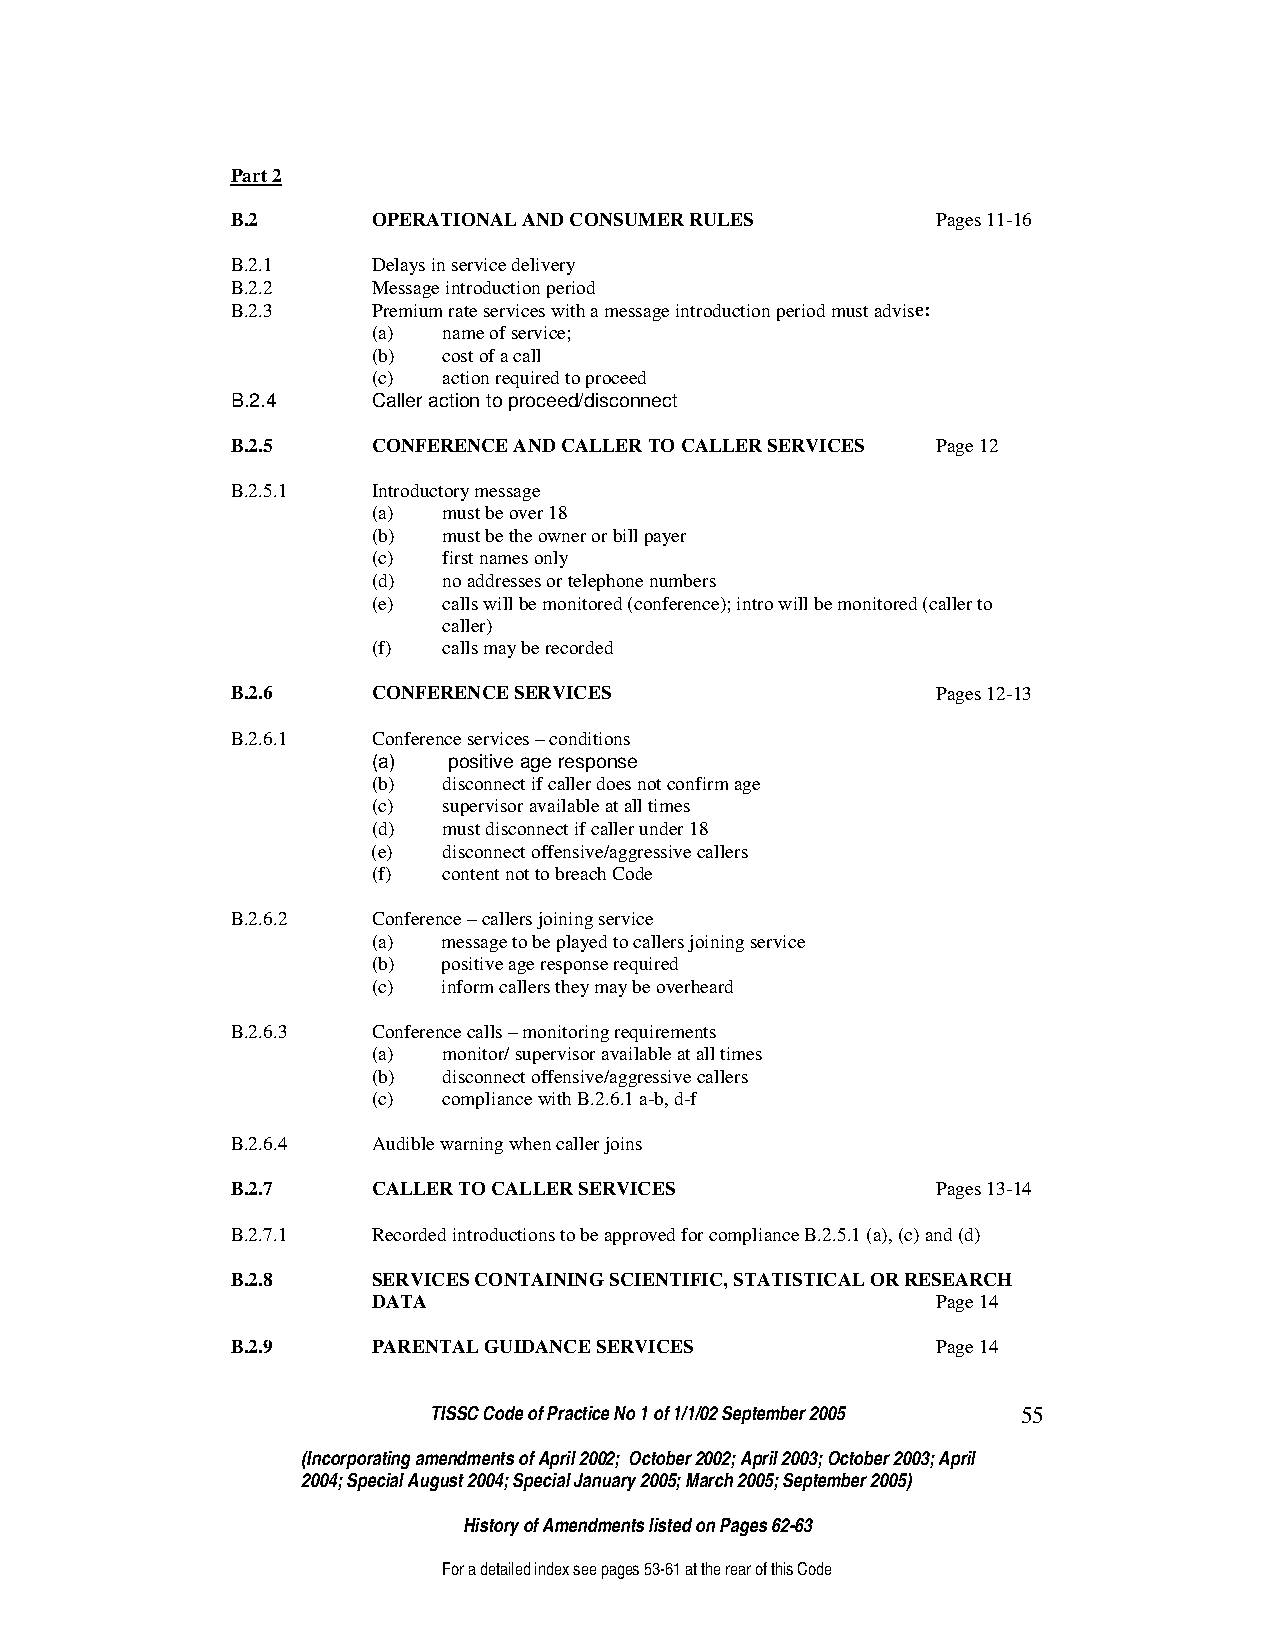
Part 2
 B.2       OPERATIONAL AND CONSUMER RULES       Pages 11-16
 B.2.1     Delays in service delivery
 B.2.2     Message introduction period
 B.2.3     Premium rate services with a message introduction period must advise:
 (a) name of service;
 (b) cost of a call
 (c) action required to proceed
 B.2.4     Caller action to proceed/disconnect
 B.2.5     CONFERENCE AND CALLER TO CALLER SERVICES Page 12
 B.2.5.1   Introductory message
 (a) must be over 18
 (b) must be the owner or bill payer
 (c) first names only
 (d) no addresses or telephone numbers
 (e) calls will be monitored (conference); intro will be monitored (caller to
 caller)
 (f) calls may be recorded
 B.2.6     CONFERENCE SERVICES                  Pages 12-13
 B.2.6.1   Conference services – conditions
 (a)  positive age response
 (b) disconnect if caller does not confirm age
 (c) supervisor available at all times
 (d) must disconnect if caller under 18
 (e) disconnect offensive/aggressive callers
 (f) content not to breach Code
 B.2.6.2   Conference – callers joining service
 (a) message to be played to callers joining service
 (b) positive age response required
 (c) inform callers they may be overheard
 B.2.6.3   Conference calls – monitoring requirements
 (a) monitor/ supervisor available at all times
 (b) disconnect offensive/aggressive callers
 (c) compliance with B.2.6.1 a-b, d-f
 B.2.6.4   Audible warning when caller joins
 B.2.7     CALLER TO CALLER SERVICES            Pages 13-14
 B.2.7.1   Recorded introductions to be approved for compliance B.2.5.1 (a), (c) and (d)
 B.2.8     SERVICES CONTAINING SCIENTIFIC, STATISTICAL OR RESEARCH
 DATA                                 Page 14
 B.2.9     PARENTAL GUIDANCE SERVICES           Page 14
 TISSC Code of Practice No 1 of 1/1/02 September 2005 55
 (Incorporating amendments of April 2002; October 2002; April 2003; October 2003; April
 2004; Special August 2004; Special January 2005; March 2005; September 2005)
 History of Amendments listed on Pages 62-63
 For a detailed index see pages 53-61 at the rear of this Code